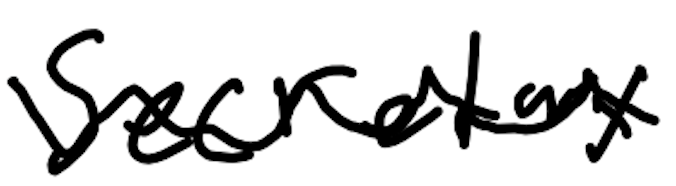
Text: secretary
Cross-out: wave
Writing tool: digital_black